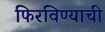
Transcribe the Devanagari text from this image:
फिरविण्याची